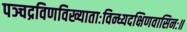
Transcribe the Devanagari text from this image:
पञ्चद्रविणविख्याताःविन्ध्यदक्षिणवासिनः॥